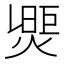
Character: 𤌮